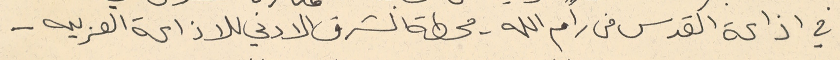
في اذاعة القدس من رام الله - محطة الشرق الادني للاذاعة العربيه -